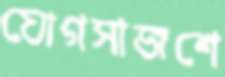
যোগসাজশে